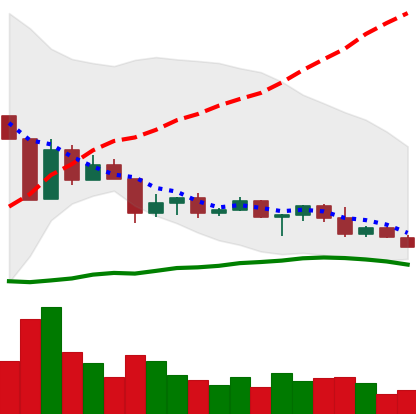
Ticker: ETC-USD
Chart end date: 2022-04-24
Forward return: -13.293%
Label: down_7plus